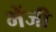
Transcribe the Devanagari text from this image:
भेंजी